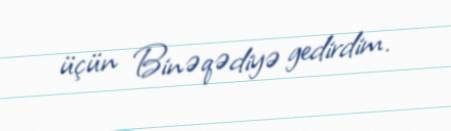
üçün Binəqədiyə gedirdim.